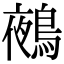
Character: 鵺